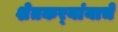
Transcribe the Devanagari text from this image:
शेतकर्‍यांयाचे